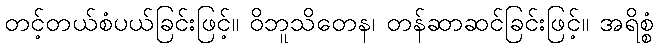
တင့်တယ်စံပယ်ခြင်းဖြင့်။ ဝိဘူသိတေန၊ တန်ဆာဆင်ခြင်းဖြင့်။ အရိစ္စံ